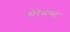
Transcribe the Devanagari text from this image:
सेरेसच्या